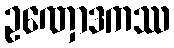
ဥဏှောဒကဿ